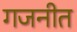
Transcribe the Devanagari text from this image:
गजनीत